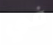
في